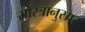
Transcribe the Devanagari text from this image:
सास्त्रानुसार